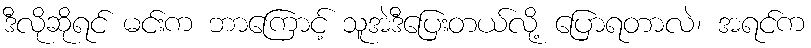
ဒီလိုဆိုရင် မင်းက ဘာကြောင့် သူအဲဒီပြေးတယ်လို့ ပြောရတာလဲ၊ အရင်က